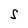
Character: S